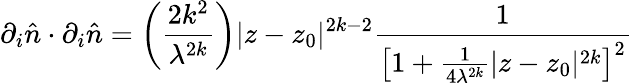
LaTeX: \partial_{i}\hat{n}\cdot\partial_{i}\hat{n}=\left(\frac{2k^{2}}{\lambda^{2k}}\right)|z-z_{0}|^{2k-2}\frac{1}{\left[1+\frac{1}{4\lambda^{2k}}|z-z_{0}|^{2k}\right]^{2}}